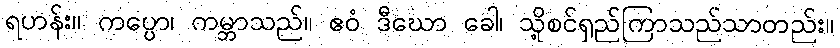
ရဟန်း။ ကပ္ပော၊ ကမ္ဘာသည်။ ဧဝံ ဒီဃော ခေါ၊ သို့စင်ရှည်ကြာသည်သာတည်း။